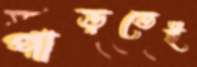
পাড়তেই